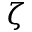
\zeta